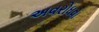
અવરોધવા